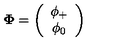
{ \bf \Phi } = \left( \begin{array} { c } { \phi _ { + } } \\ { \phi _ { 0 } } \\ \end{array} \right)